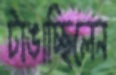
টাঙাচ্ছিলেন